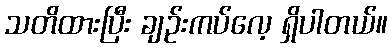
သတိထားပြီး ချဉ်းကပ်လေ့ ရှိပါတယ်။